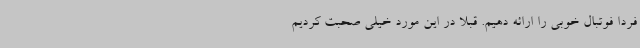
فردا فوتبال خوبی را ارائه دهیم. قبلاً در این مورد خیلی صحبت کردیم